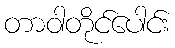
တာဝါတိုင်ပေါင်း